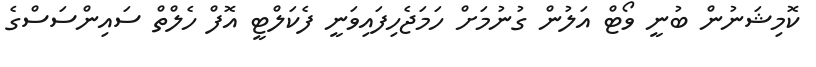
ކޮމިޝަނުން ބުނީ ވޯޓް އަލުން ގުނުމަށް ހަމަޖެހިފައިވަނީ ފެކަލްޓީ އޮފް ހެލްތް ސައިންސަސްގެ